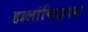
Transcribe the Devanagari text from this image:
हालांकिहृदय